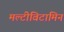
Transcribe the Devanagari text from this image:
मल्टीविटामिन